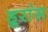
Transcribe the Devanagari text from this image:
डूरांस